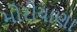
મોરીયાણા